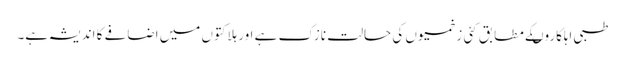
طبی اہلکاروںکے مطابق کئی زخمیوں کی حالت نازک ہے اور ہلاکتوں میں اضافے کا اندیشہ ہے۔